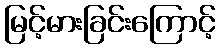
မြင့်မားခြင်းကြောင့်